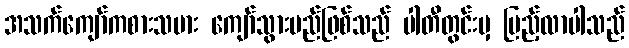
အသက်ကျော်ကစားသမား ကျော်သွားမည်ဖြစ်သည် ပါတီတွင်းမှ ပြည့်လာပါသည်